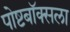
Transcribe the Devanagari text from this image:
पोष्टबॉक्सला